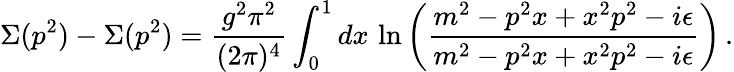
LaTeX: \Sigma(p^{2})-\Sigma(p^{2})=\frac{g^{2}\pi^{2}}{(2\pi)^{4}}\int_{0}^{1}dx\, \ln\left(\frac{m^{2}-p^{2}x+x^{2}p^{2}-i\epsilon}{m^{2}-p^{2}x+x^{2}p^{2}-i\epsilon}\right)\, .